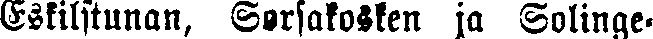
Eskilstunan, Sorsakosken ja Solinge-